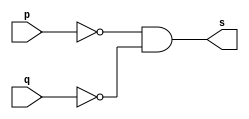
// -------------------------
// Exercico 005 - NOR
// Nome: Ailton Gomes
// -------------------------
// -------------------------
// -- nor gate
// -------------------------
module norgate ( output s,
input p, q);
assign s = ((~p) & (~q));
endmodule // orgate
// ---------------------
// -- test nor gate
// ---------------------
module testnorgate;
// ------------------------- dados locais
reg a, b; // definir registradores
wire s; // definir conexao (fio)
// ------------------------- instancia
norgate NOR1 (s, a, b);
// ------------------------- preparacao
initial begin:start
// atribuicao simultanea
// dos valores iniciais
a=1; b=1;
end
// ------------------------- parte principal
initial begin
$display("Exercicio 005 - Ailton Gomes - 440092");
$display("Test NOR gate");
$display("\n((~p) & (~q)) = s\n");
a=0; b=0;
#1 $display("((~%b) & (~%b)) = %b", a, b, s);
a=0; b=1;
#2 $display("((~%b) & (~%b)) = %b", a, b, s);
a=1; b=0;
#3 $display("((~%b) & (~%b)) = %b", a, b, s);
a=1; b=1;
#4 $display("((~%b) & (~%b)) = %b", a, b, s);
end
endmodule // testorgate